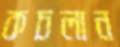
কচলান